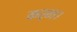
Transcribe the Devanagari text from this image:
कर्न।